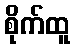
စိုက်ထူ